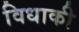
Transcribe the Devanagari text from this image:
विधाकी